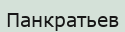
Панкратьев